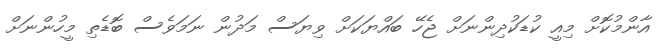
އާންމުކޮށް މިއީ ކުޑަކުދިންނަށް ޖެހޭ ބައްޔަކަށް ވިޔަސް މަދުން ނަމަވެސް ބޮޑެތި މީހުންނަށް